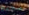
صحيح